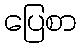
ပြေစာ